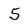
Character: 5